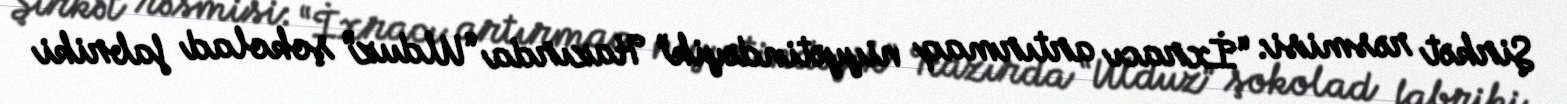
Şirkət rəsmisi: “İxracı artırmaq niyyətindəyik” Hazırda “Ulduz” şokolad fabriki